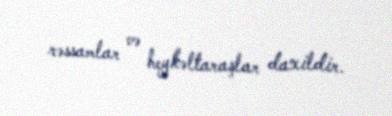
rəssamlar və heykəltaraşlar daxildir.